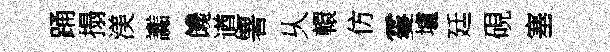
踊搨渼讟饞遒署乆轘仿䨥壚廷硯塞